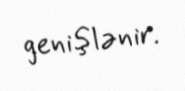
genişlənir.